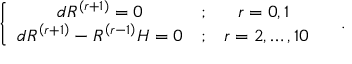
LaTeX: \left\{ \begin{array} { c c c } { { d R ^ { \left( r + 1 \right) } = 0 } } & { { ; } } & { { r = 0 , 1 \; } } \\ { { d R ^ { \left( r + 1 \right) } - R ^ { \left( r - 1 \right) } H = 0 } } & { { ; } } & { { r = 2 , \ldots , 1 0 } } \end{array} \right. \quad .